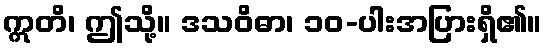
ဣတိ၊ ဤသို့။ ဒသဝိဓာ၊ ၁၀-ပါးအပြားရှိ၏။